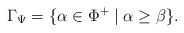
LaTeX: \begin{align*}\Gamma_{\Psi} = \{ \alpha \in \Phi^+ \mid \alpha \geq \beta \}.\end{align*}